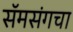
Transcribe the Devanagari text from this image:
सॅमसंगचा